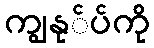
ကျွနု်ပ်ကို